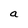
Character: a